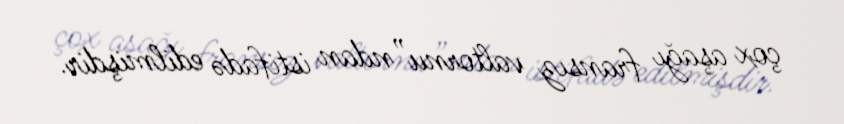
çox aşağı fransız valtornu”ndan istifadə edilmişdir.